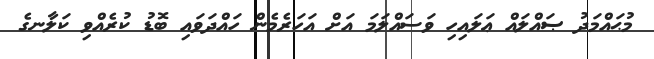
މުޙައްމަދު ޞައްލައް ޢަލައިހި ވަސައްލަމަ އަށް އަހަރެމެން ހައްދަވައި ބޮޑު ކުރެއްވި ކަލާނގެ